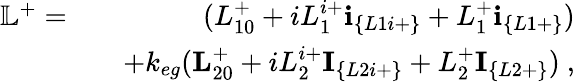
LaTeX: \begin{array}{rlr}{\mathbb{L}^{+}=}&{}&{(L_{10}^{+}+iL_{1}^{i+}\textbf{i}_{\{ L1i+\} }+L_{1}^{+}\textbf{i}_{\{ L1+\} })}\\ &{}&{+k_{eg}(\textbf{L}_{20}^{+}+iL_{2}^{i+}\textbf{I}_{\{ L2i+\} }+L_{2}^{+}\textbf{I}_{\{ L2+\} })~,}\end{array}